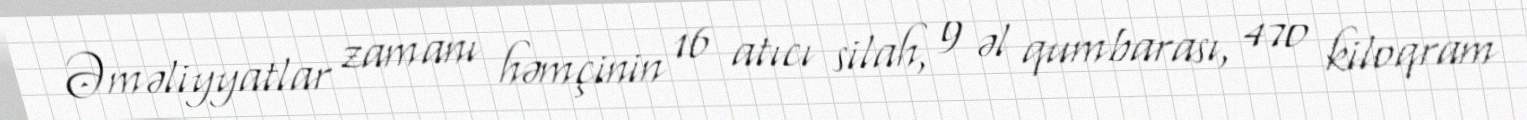
Əməliyyatlar zamanı həmçinin 16 atıcı silah, 9 əl qumbarası, 470 kiloqram